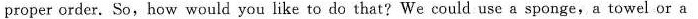
proper order.So,how would you like to do that?We could useasponge,a towel or a